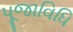
પૂજાવિધિ